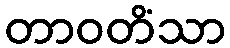
တာဝတိံသာ